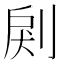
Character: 𠜺